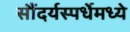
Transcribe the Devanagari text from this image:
सौंदर्यस्पर्धेमध्ये